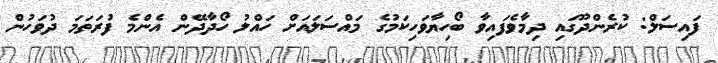
ފައިސަލް: ކުރެންދޫގައި ދިމާވެފައިވާ ބޯހިޔާވަހިކަމުގެ މައްސަލައަށް ހައްލު ހޯދާދޭން އެންމެ ފުރަތަމަ ދުވަހުން